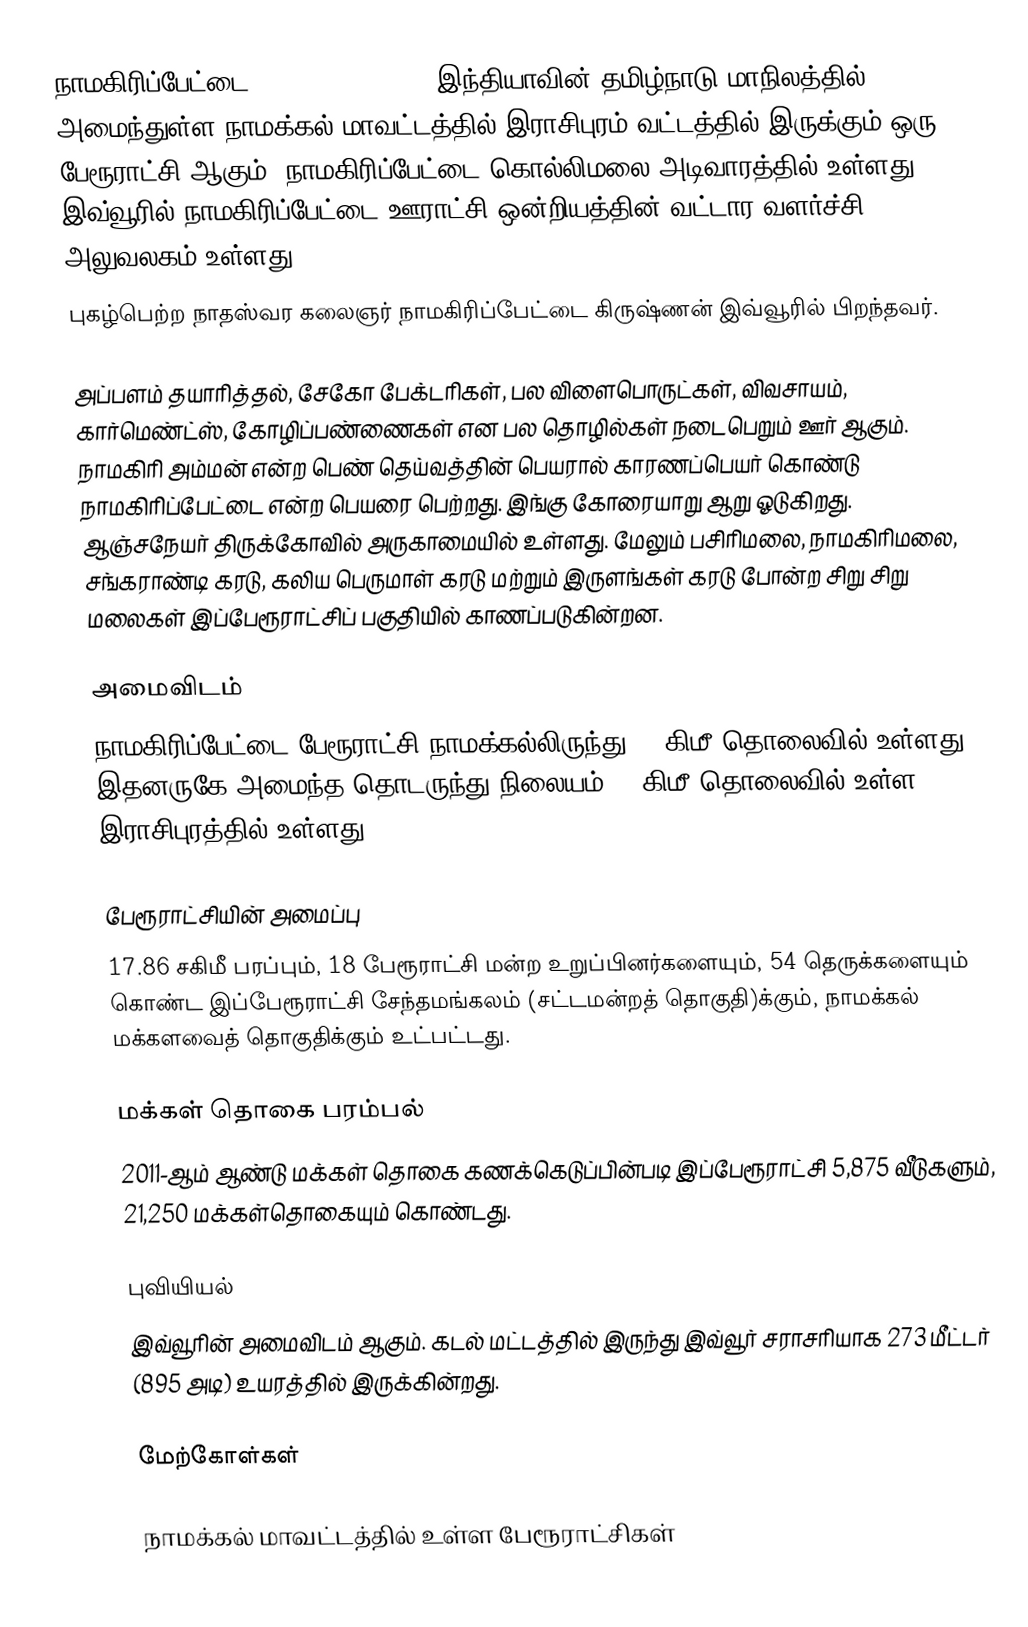
நாமகிரிப்பேட்டை (Namagiripettai), இந்தியாவின் தமிழ்நாடு மாநிலத்தில் அமைந்துள்ள நாமக்கல் மாவட்டத்தில் இராசிபுரம் வட்டத்தில் இருக்கும் ஒரு பேரூராட்சி ஆகும். நாமகிரிப்பேட்டை கொல்லிமலை அடிவாரத்தில் உள்ளது. இவ்வூரில் நாமகிரிப்பேட்டை ஊராட்சி ஒன்றியத்தின் வட்டார வளர்ச்சி அலுவலகம் உள்ளது.
புகழ்பெற்ற நாதஸ்வர கலைஞர் நாமகிரிப்பேட்டை  கிருஷ்ணன் இவ்வூரில் பிறந்தவர்.

அப்பளம் தயாரித்தல், சேகோ பேக்டரிகள், பல விளைபொருட்கள், விவசாயம், கார்மெண்ட்ஸ், கோழிப்பண்ணைகள் என பல தொழில்கள் நடைபெறும் ஊர் ஆகும். நாமகிரி அம்மன் என்ற பெண் தெய்வத்தின் பெயரால் காரணப்பெயர் கொண்டு நாமகிரிப்பேட்டை என்ற பெயரை பெற்றது. இங்கு கோரையாறு ஆறு ஓடுகிறது.  ஆஞ்சநேயர் திருக்கோவில் அருகாமையில் உள்ளது. மேலும் பசிரிமலை, நாமகிரிமலை, சங்கராண்டி கரடு, கலிய பெருமாள் கரடு மற்றும் இருளங்கள் கரடு போன்ற சிறு சிறு மலைகள் இப்பேரூராட்சிப் பகுதியில் காணப்படுகின்றன.

அமைவிடம்
நாமகிரிப்பேட்டை பேரூராட்சி நாமக்கல்லிருந்து 40 கிமீ தொலைவில் உள்ளது. இதனருகே அமைந்த தொடருந்து நிலையம் 11 கிமீ தொலைவில் உள்ள இராசிபுரத்தில் உள்ளது.

பேரூராட்சியின் அமைப்பு
17.86 சகிமீ பரப்பும், 18 பேரூராட்சி மன்ற  உறுப்பினர்களையும், 54 தெருக்களையும் கொண்ட இப்பேரூராட்சி சேந்தமங்கலம் (சட்டமன்றத் தொகுதி)க்கும், நாமக்கல் மக்களவைத் தொகுதிக்கும் உட்பட்டது.

மக்கள் தொகை பரம்பல்
2011-ஆம் ஆண்டு மக்கள் தொகை கணக்கெடுப்பின்படி இப்பேரூராட்சி 5,875 வீடுகளும், 21,250 மக்கள்தொகையும் கொண்டது.

புவியியல்
இவ்வூரின் அமைவிடம்  ஆகும். கடல் மட்டத்தில் இருந்து இவ்வூர் சராசரியாக 273 மீட்டர் (895 அடி) உயரத்தில் இருக்கின்றது.

மேற்கோள்கள்

நாமக்கல் மாவட்டத்தில் உள்ள பேரூராட்சிகள்